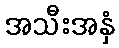
အသီးအနှံ